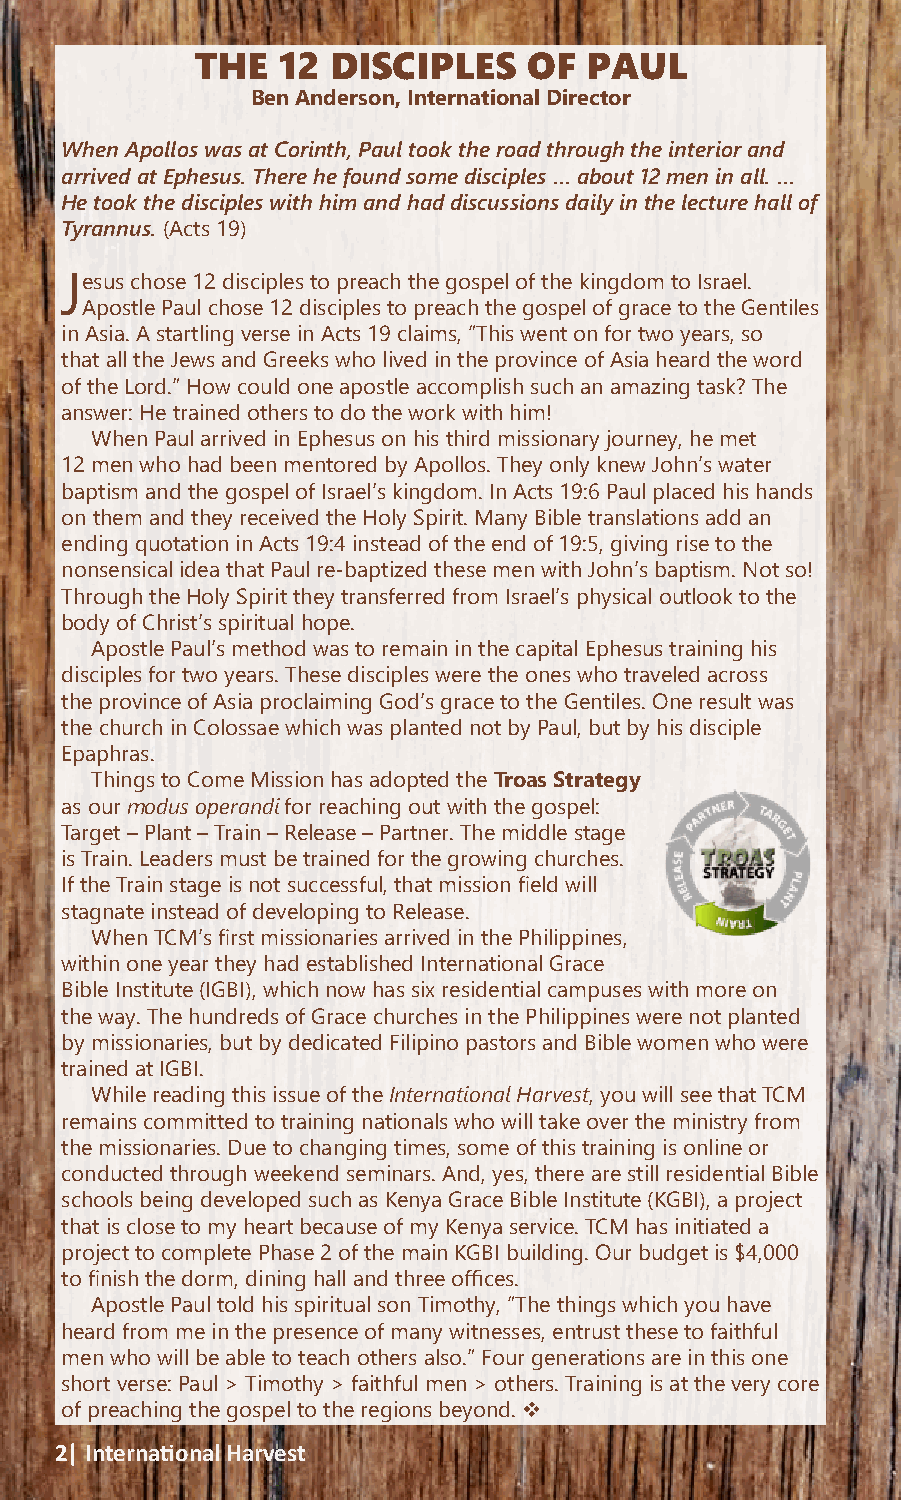
THE  12  DISCIPLES    OF  PAUL
 Ben Anderson, International Director
 When Apollos was at Corinth, Paul took the road through the interior and
 arrived at Ephesus. There he found some disciples … about 12 men in all. …
 He took the disciples with him and had discussions daily in the lecture hall of
 Tyrannus. (Acts 19)
 Jesus chose 12 disciples to preach the gospel of the kingdom to Israel.
 Apostle Paul chose 12 disciples to preach the gospel of grace to the Gentiles
 in Asia. A startling verse in Acts 19 claims, “This went on for two years, so
 that all the Jews and Greeks who lived in the province of Asia heard the word
 of the Lord.” How could one apostle accomplish such an amazing task? The
 answer: He trained others to do the work with him!
 When Paul arrived in Ephesus on his third missionary journey, he met
 12 men who had been mentored by Apollos. They only knew John’s water
 baptism and the gospel of Israel’s kingdom. In Acts 19:6 Paul placed his hands
 on them and they received the Holy Spirit. Many Bible translations add an
 ending quotation in Acts 19:4 instead of the end of 19:5, giving rise to the
 nonsensical idea that Paul re-baptized these men with John’s baptism. Not so!
 Through the Holy Spirit they transferred from Israel’s physical outlook to the
 body of Christ’s spiritual hope.
 Apostle Paul’s method was to remain in the capital Ephesus training his
 disciples for two years. These disciples were the ones who traveled across
 the province of Asia proclaiming God’s grace to the Gentiles. One result was
 the church in Colossae which was planted not by Paul, but by his disciple
 Epaphras.
 Things to Come Mission has adopted the Troas Strategy
 as our modus operandi for reaching out with the gospel:
 Target – Plant – Train – Release – Partner. The middle stage
 is Train. Leaders must be trained for the growing churches.
 If the Train stage is not successful, that mission field will
 stagnate instead of developing to Release.
 When TCM’s first missionaries arrived in the Philippines,
 within one year they had established International Grace
 Bible Institute (IGBI), which now has six residential campuses with more on
 the way. The hundreds of Grace churches in the Philippines were not planted
 by missionaries, but by dedicated Filipino pastors and Bible women who were
 trained at IGBI.
 While reading this issue of the International Harvest, you will see that TCM
 remains committed to training nationals who will take over the ministry from
 the missionaries. Due to changing times, some of this training is online or
 conducted through weekend seminars. And, yes, there are still residential Bible
 schools being developed such as Kenya Grace Bible Institute (KGBI), a project
 that is close to my heart because of my Kenya service. TCM has initiated a
 project to complete Phase 2 of the main KGBI building. Our budget is $4,000
 to finish the dorm, dining hall and three offices.
 Apostle Paul told his spiritual son Timothy, “The things which you have
 heard from me in the presence of many witnesses, entrust these to faithful
 men who will be able to teach others also.” Four generations are in this one
 short verse: Paul > Timothy > faithful men > others. Training is at the very core
 of preaching the gospel to the regions beyond. 
 2| International Harvest